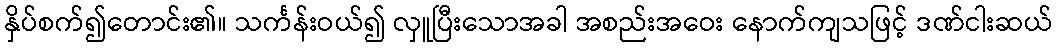
နှိပ်စက်၍တောင်း၏။ သင်္ကန်းဝယ်၍ လှူပြီးသောအခါ အစည်းအဝေး နောက်ကျသဖြင့် ဒဏ်ငါးဆယ်